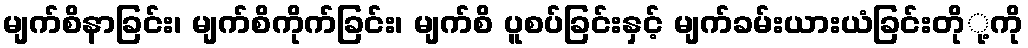
မျက်စိနာခြင်း၊ မျက်စိကိုက်ခြင်း၊ မျက်စိ ပူစပ်ခြင်းနှင့် မျက်ခမ်းယားယံခြင်းတိုု့ကို